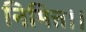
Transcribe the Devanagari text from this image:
निमित्त।।